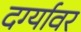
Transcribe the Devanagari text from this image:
दर्ग्यावर